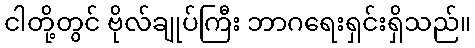
ငါတို့တွင် ဗိုလ်ချုပ်ကြီး ဘာဂရေးရှင်းရှိသည်။